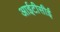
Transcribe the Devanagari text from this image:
आईटीसीई